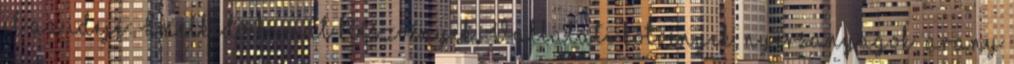
el az ideje: Emelkedő kamat Részvények, Vállalati kötvények, nyersanyagok arany